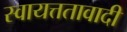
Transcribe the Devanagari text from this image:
स्वायत्ततावादी